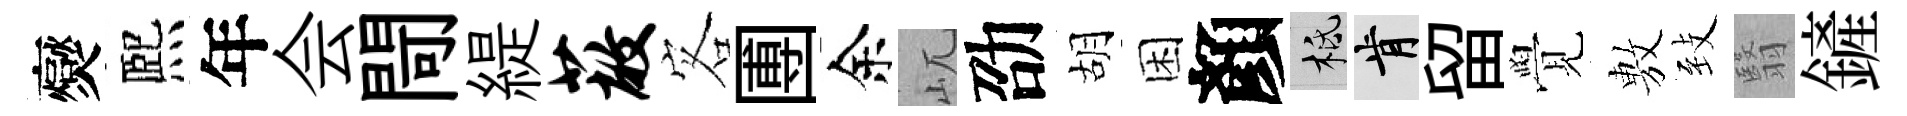
爕熈年会閜緹蔽客圑余屼劭胡困顏柢肯留覺𢾾𦤺翳鏟